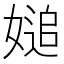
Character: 𡟴